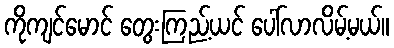
ကိုကျင်မောင် တွေးကြည့်ယင် ပေါ်လာလိမ့်မယ်။